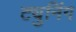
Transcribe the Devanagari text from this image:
ट्युनिंग